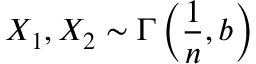
X _ { 1 } , X _ { 2 } \sim \Gamma \left( { \frac { 1 } { n } } , b \right)